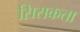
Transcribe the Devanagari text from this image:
सिसकता